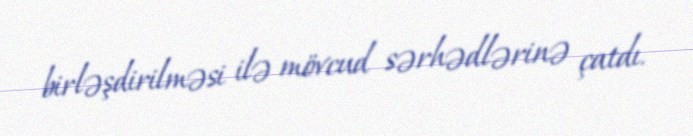
birləşdirilməsi ilə mövcud sərhədlərinə çatdı.